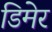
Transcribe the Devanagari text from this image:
डिमेर